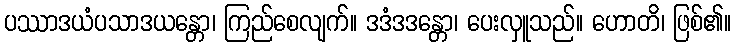
ပဿာဒယံပသာဒယန္တော၊ ကြည်စေလျက်။ ဒဒံဒဒန္တော၊ ပေးလှူသည်။ ဟောတိ၊ ဖြစ်၏။